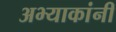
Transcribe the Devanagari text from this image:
अभ्याकांनी